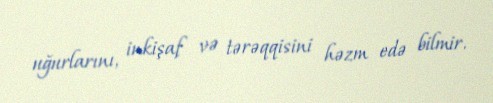
uğurlarını, inkişaf və tərəqqisini həzm edə bilmir.